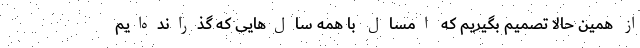
از همین حالا تصمیم بگیریم که امسال با همه سال‌هایی که گذرانده‌ایم